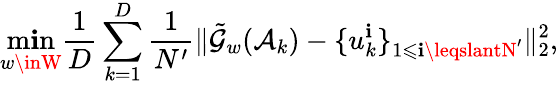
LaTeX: \operatorname*{m\mathbf{i}n}_{w\inW}\frac{{1}}{{D}}\sum_{k=1}^{D}\frac{{1}}{{N^{\prime}}}\| \tilde{{\mathcal{{G}}}}_{w}(\mathcal{{A}}_{k})-\{ u_{k}^{\mathbf{i}}\} _{1\leqslant\mathbf{i}\leqslantN^{\prime}}\| _{2}^{2},